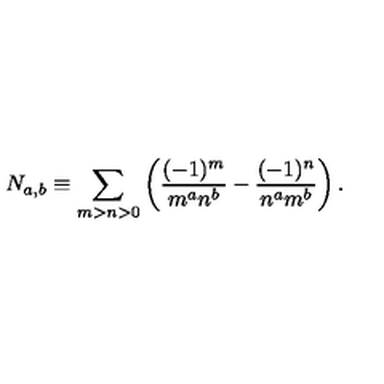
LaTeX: N _ { a , b } \equiv \sum _ { m > n > 0 } \left( \frac { ( - 1 ) ^ { m } } { m ^ { a } n ^ { b } } - \frac { ( - 1 ) ^ { n } } { n ^ { a } m ^ { b } } \right) .